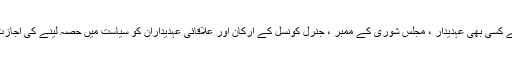
تحریک کے کسی بھی عہدیدار ، مجلسِ شوریٰ کے ممبر ، جنرل کونسل کے ارکان اور علاقائی عہدیداران کو سیاست میں حصہ لینے کی اجازت نہ ہوگی۔